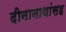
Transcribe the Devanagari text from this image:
दीनानाथांसह